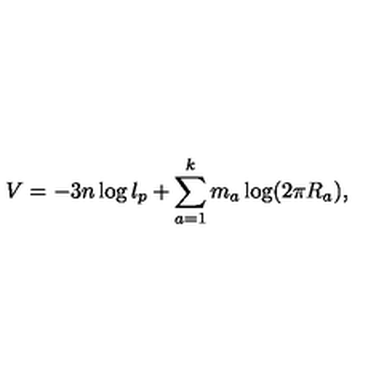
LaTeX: V = - 3 n \log l _ { p } + \sum _ { a = 1 } ^ { k } m _ { a } \log ( 2 \pi R _ { a } ) ,